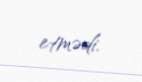
etmədi.